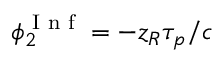
\phi _ { 2 } ^ { \textrm { I n f } } = - z _ { R } \tau _ { p } / c